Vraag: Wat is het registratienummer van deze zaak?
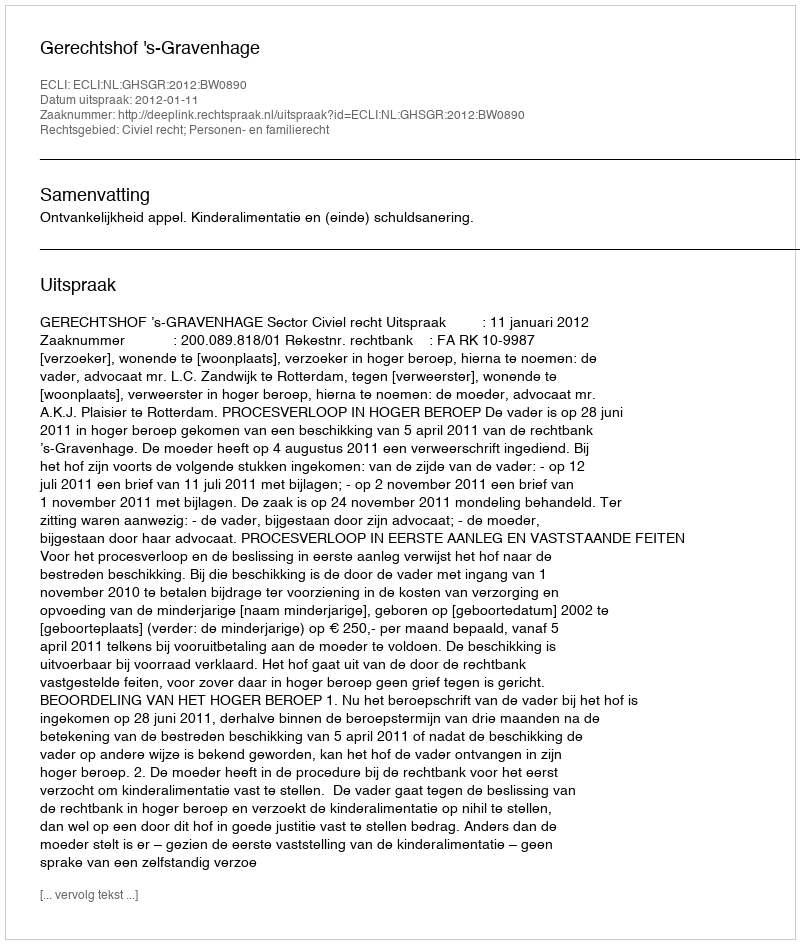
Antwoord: http://deeplink.rechtspraak.nl/uitspraak?id=ECLI:NL:GHSGR:2012:BW0890